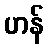
ဟန်